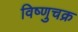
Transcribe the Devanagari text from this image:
विष्णुचक्र